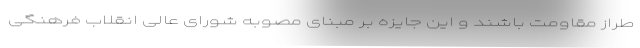
طراز مقاومت باشند و این جایزه بر مبنای مصوبه شورای عالی انقلاب فرهنگی